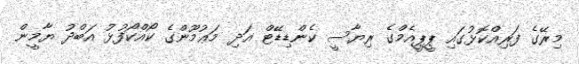
މިރޭގެ ފަރިއްކޮޅުގައި ޕީޕީއެމްގެ ރިޔާސީ ކެންޑިޑޭޓް އަދި މަޢުމޫންގެ ކޯއްކޯފުޅު އަބްދު ޔާމީން